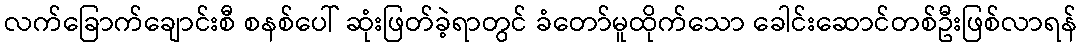
လက်ခြောက်ချောင်းစီ စနစ်ပေါ် ဆုံးဖြတ်ခဲ့ရာတွင် ခံတော်မူထိုက်သော ခေါင်းဆောင်တစ်ဦးဖြစ်လာရန်